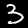
Label: 3